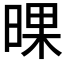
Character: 𣇫